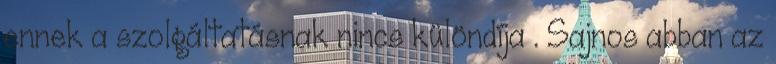
ennek a szolgáltatásnak nincs különdíja . Sajnos abban az